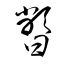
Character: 暼